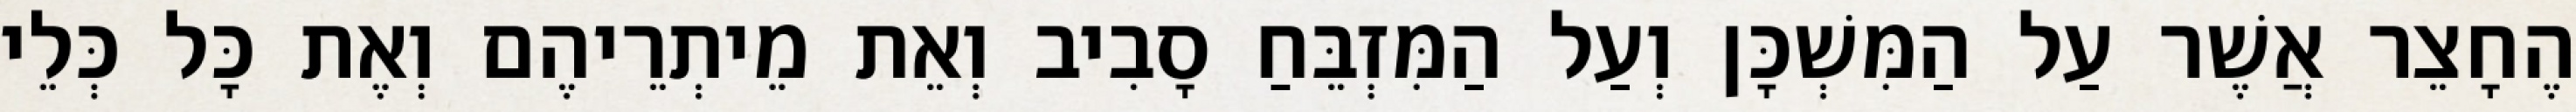
הֶחָצֵר אֲשֶׁר עַל הַמִּשְׁכָּן וְעַל הַמִּזְבֵּחַ סָבִיב וְאֵת מֵיתְרֵיהֶם וְאֶת כָּל כְּלֵי